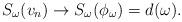
LaTeX: \begin{align*}S_{\omega}(v_n)\to S_{\omega}(\phi_{\omega})=d(\omega).\end{align*}